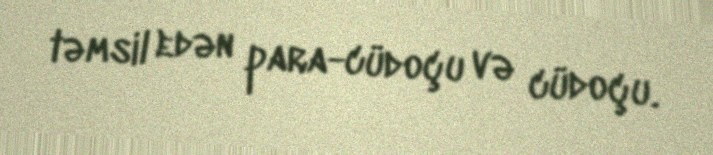
təmsil edən para-cüdoçu və cüdoçu.